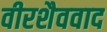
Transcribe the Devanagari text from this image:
वीरशैववाद